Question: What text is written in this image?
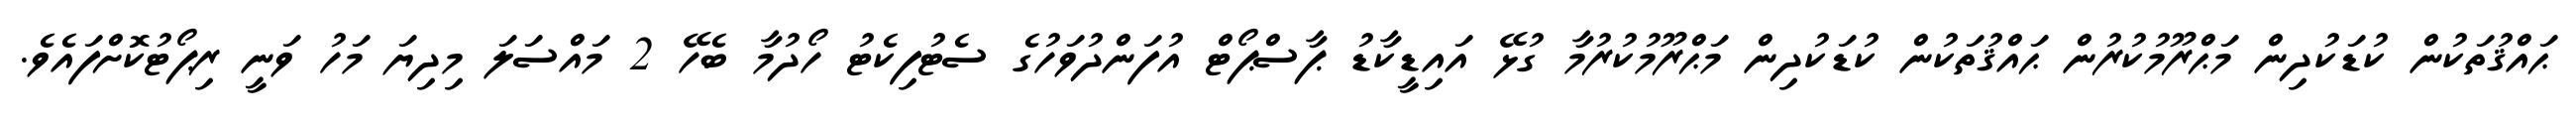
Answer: ޙައްޤުތަކުން ކުޑަކުދިން މަޙްރޫމުކުރުން ޙައްޤުތަކުން ކުޑަކުދިން މަޙްރޫމުކުރުމާ ގުޅޭ އައިޑީކާޑު ޕާސްޕޯޓް އުފަންދުވަހުގެ ސެޓުފިކެޓު ހޯދުމާ ބެހޭ 2 މައްސަލަ މިދިޔަ މަހު ވަނީ ރިޕޯޓުކޮށްފައެވެ.